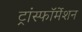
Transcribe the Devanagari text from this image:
ट्रांस्फॉर्मेशन